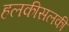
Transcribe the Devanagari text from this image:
हलकीसलकी